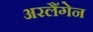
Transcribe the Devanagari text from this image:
अरलैंगेन